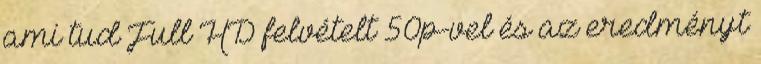
ami tud Full HD felvételt 50p-vel és az eredményt